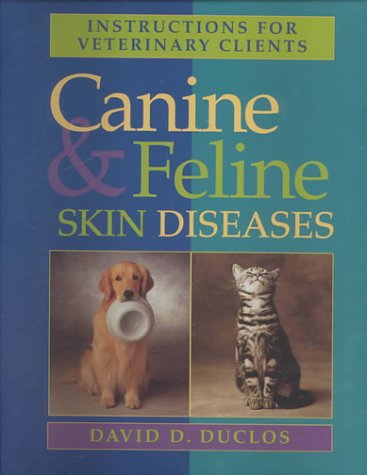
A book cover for Instructions For Veterinary Clients: Canine and Feline Skin Diseases, 1e; David D. Duclos DVM  Dipl  ACVD; Medical Books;